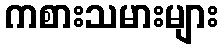
ကစားသမားများ